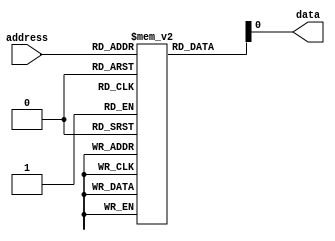
module Fuse_ROM(
    input wire [7:0] address,
    output reg data
);

reg [7:0] memory [0:255];

initial begin
    // Initialize memory content here
    memory[0] = 8'b11001010;
    memory[1] = 8'b10101010;
    // More content initialization
end

always @(*) begin
    data = memory[address];
end

endmodule